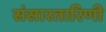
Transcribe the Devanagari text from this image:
संसारतारिणी